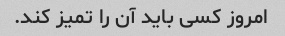
امروز کسی باید آن را تمیز کند.